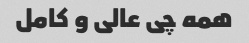
همه چی عالی و کامل